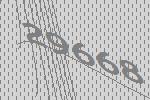
29668